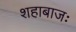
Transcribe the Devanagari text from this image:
शहाबाजः